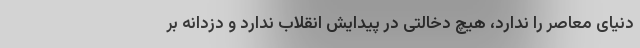
دنیای معاصر را ندارد، هیچ دخالتی در پیدایش انقلاب ندارد و دزدانه بر